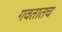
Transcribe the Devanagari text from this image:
गवतातच